Leaving Certificate Examination (including Day School Certificate (Higher) General paper), 1938
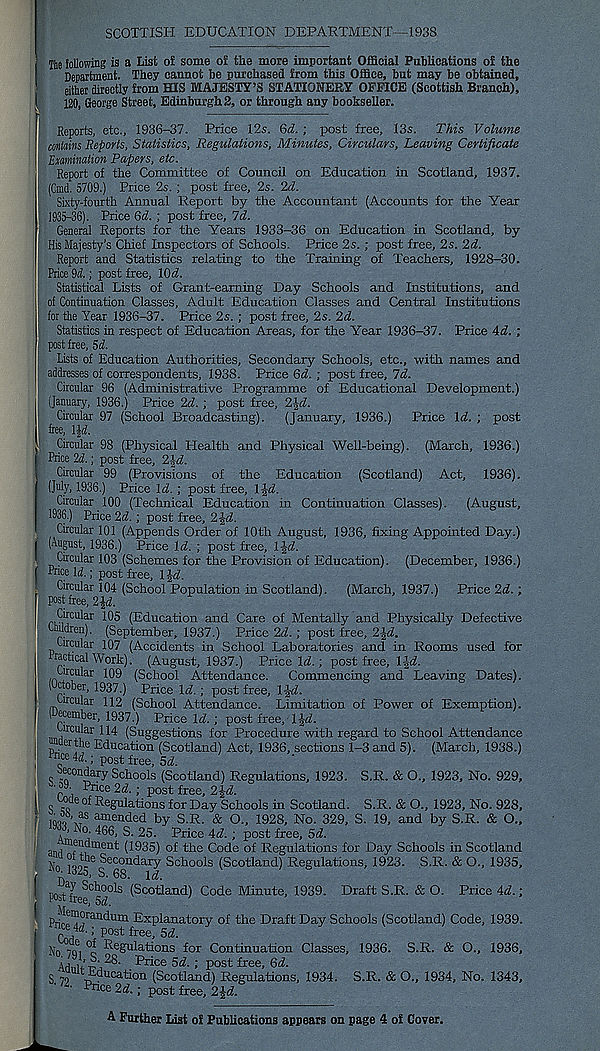
SCOTTISH EDUCATION DEPARTMENT—1938
He Mowing is a List of some of tlie more important Official Publications of the
Department. They cannot be purchased from this Office, but may be obtained,
either directly from HIS MAJESTY’S STATIONERY OFFICE (Scottish Branch),
I
120, George Street, Edinburgh 2, or through any bookseller.
Reports, etc., 1936-37. Price 12s. Qd. ; post free, 13s. This Volume
contains Reports, Statistics, Regulations, Minutes, Circulars, Leaving Certificate
Examination Papers, etc.
Report of the Committee of Council on Education in Scotland, 1937.
(Cmd. 5709.) Price 2s. ; post free, 2s. 2d.
Sixty-fourth Annual Report by the Accountant (Accounts for the Year
1935-36). Price Qd. ; post free, 7d.
General Reports for the Years 1933-36 on Education in Scotland, by
His Majesty’s Chief Inspectors of Schools. Price 2s. ; post free, 2s. 2d.
Report and Statistics relating to the Traming of Teachers, 1928-30.
Price 9d.; post free, lOd.
Statistical Lists of Grant-earning Day Schools and Institutions, and
of Continuation Classes, Adult Education Classes and Central Institutions
for the Year 1936-37. Price 2s. ; post free, 2s. 2d.
Statistics in respect of Education Areas, for the Year 1936-37. Price 4d. ;
post free, 5d.
Lists of Education Authorities, Secondary Schools, etc., with names and
addresses of correspondents, 1938. Price 6d. ; post free, 7d.
Circular 96 (Administrative Programme of Educational Development.)
(January, 1936.) Price 2d. ; post free, 2£d.
Circular 97 (School Broadcasting). (January, 1936.) Price Id. ; post
free, IJd.
Circular 98 (Physical Health and Physical Well-being). (March, 1936.)
Price 2d.; post free, 2|d.
Circular 99 (Provisions of the Education (Scotland) Act, 1936).
(July, 1936.) Price Id.; post free, 1 Jd.
Circular 100 (Technical Education in Continuation Classes). (August,
1936.) Price 2d.; post free, 2|d.
Circular 101 (Appends Order of 10th August, 1936, fixing Appointed Day.)
| (August, 1936.) Price Id. ; post free, l-jd.
Circular 103 (Schemes for the Provision of Education). (December, 1936.)
f Pnce \d.; post free, l\d.
, Circular 104 (School Population in Scotland). (March, 1937.) Price 2d.;
Post free, 2^.
I n5i* rCU^ar ^ (Education and Care of Mentally and Physically Defective
Children). (September, 1937.) Price 2d. ; post free, 2-|d.
Circular 107 (Accidents in School Laboratories and in Rooms used for
ractical Work). (August, 1937.) Price Id.; post free, 1-Jd.
.^fhular 109 (School Attendance. Commencing and Leaving Dates).
' ji tol3er > 1937.) Price Id.; post free, Ifd.
Circular 112 (School Attendance. Limitation of Power of Exemption).
I ecember, 1937.) Price Id.; post free, IJd.
Circular 114 (Suggestions for Procedure with regard to School Attendance
uaerthe Education (Scotland) Act, 1936, sections 1-3 and 5). (March, 1938.)
Pnce 4d; post free, 5d.
secondary Schools (Scotland) Regulations, 1923. S.R. & O., 1923, No. 929,
P 9 ' Price 2d.; post free, 2Jd.
code of Regulations for Day Schools in Scotland. S.R. & O., 1923, No. 928,
iqhq v ame uded by S.R. & O., 1928, No. 329, S. 19, and by S.R. & O.,
. No. 466, S. 25. Price 4d. ; post free, 5d.
and fnnmeut (1935) of the Code of Regulations for Day Schools in Scotland
}j 0 J32- g e gg n^ar y Schools (Scotland) Regulations, 1923. S.R. & O., 1935,
■ Pori^ee 0^0^ ^c o^an ri) Code Minute, 1939- Draft S.R. & O. Price 4d.;
’ Pri!f n ?S ranc^lm Explanatory of the Draft Day Schools (Scotland) Code, 1939.
^
post free, 5 d.
No 7tfi °c Regulations for Continuation Classes, 1936. S.R. & O., 1936,
Arini/r^S- Price 5d. ; post free, 6d.
S 79 -frincation (Scotland) Regulations, 1934. S.R. & O., 1934, No. 1343,
'
Pnce 2d.; post free, 2%d.
A Further List of Publications appears on page 4 o£ Cover.